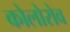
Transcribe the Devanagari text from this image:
कोलोरोव